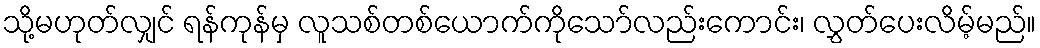
သို့မဟုတ်လျှင် ရန်ကုန်မှ လူသစ်တစ်ယောက်ကိုသော်လည်းကောင်း၊ လွှတ်ပေးလိမ့်မည်။